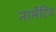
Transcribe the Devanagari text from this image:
नार्मेटिव